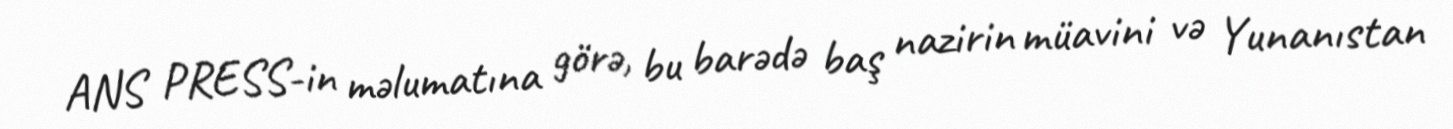
ANS PRESS-in məlumatına görə, bu barədə baş nazirin müavini və Yunanıstan